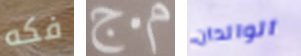
فكه م.ج الوالدان